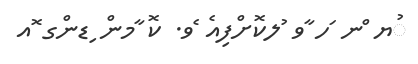
ުޔ ްނ ަހ ާވ ުލކޮށްފިއެ ެވ. ކޮ ާމން ިޑންގ ޮއ